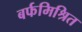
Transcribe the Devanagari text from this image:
बर्फमिश्रित